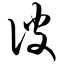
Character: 彼